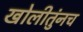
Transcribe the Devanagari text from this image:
खोलीतुंनच